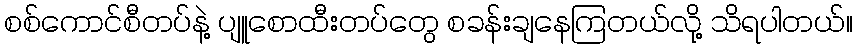
စစ်ကောင်စီတပ်နဲ့ ပျူစောထီးတပ်တွေ စခန်းချနေကြတယ်လို့ သိရပါတယ်။